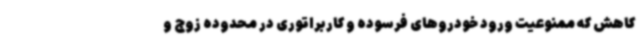
کاهش که ممنوعیت ورود خودروهای فرسوده و کاربراتوری در محدوده زوج و